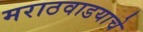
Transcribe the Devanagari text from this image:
मराठवाडयाचे